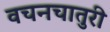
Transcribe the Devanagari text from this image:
वचनचातुरी